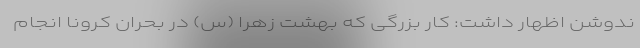
ندوشن اظهار داشت: کار بزرگی که بهشت زهرا (س) در بحران کرونا انجام